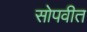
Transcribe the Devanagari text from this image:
सोपवीत